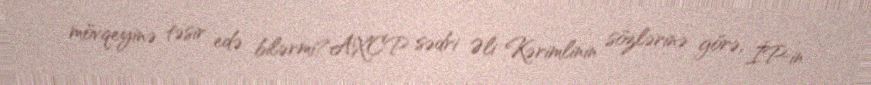
mövqeyinə təsir edə bilərmi?AXCP sədri Əli Kərimlinin sözlərinə görə, İP-in